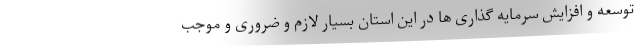
توسعه و افزایش سرمایه گذاری ها در این استان بسیار لازم و ضروری و موجب